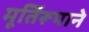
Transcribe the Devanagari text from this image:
मूर्तिरूपाने